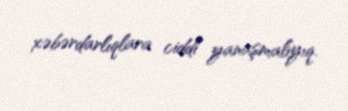
xəbərdarlıqlara ciddi yanaşmalıyıq.